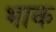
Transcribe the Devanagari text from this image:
भाक